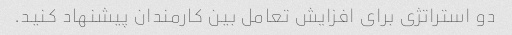
دو استراتژی برای افزایش تعامل بین کارمندان پیشنهاد کنید.